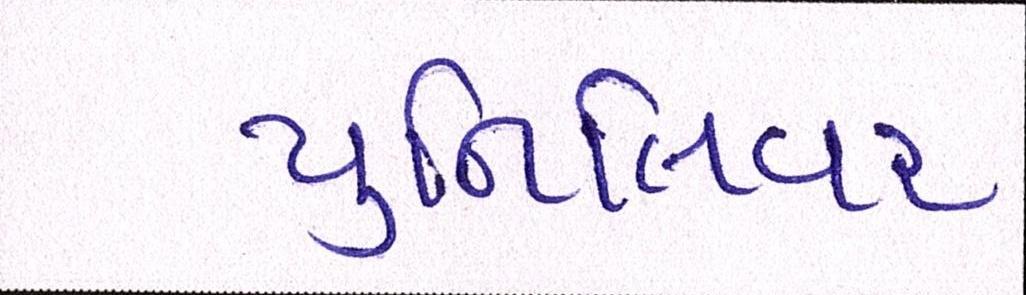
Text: યુનિલિવર